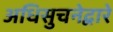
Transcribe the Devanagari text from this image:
अधिसुचनेद्वारे